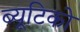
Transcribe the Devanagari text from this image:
ब्यूटिको